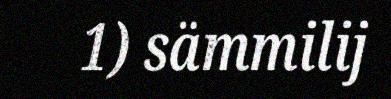
1) sämmilij